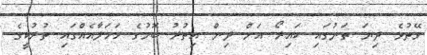
ވޭތުވެ ދިޔަ ތަނުގައި ކައިރޯ އަށް ދިން އިތުރު ބޮމުގެ ހަމަލާއެއްގައި ތުރުކީގެ